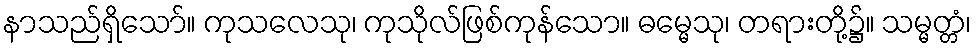
နာသည်ရှိသော်။ ကုသလေသု၊ ကုသိုလ်ဖြစ်ကုန်သော။ ဓမ္မေသု၊ တရားတို့၌။ သမ္မတ္တံ၊